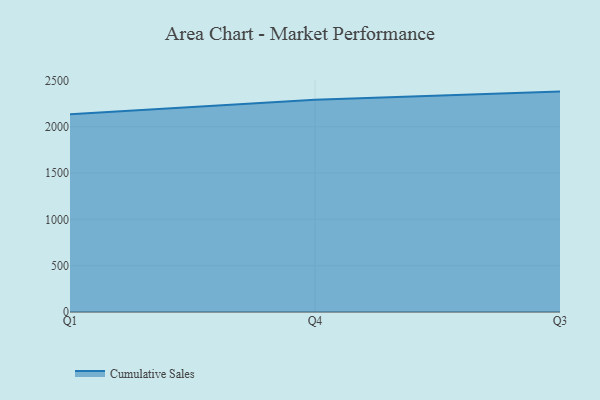
{"axis": {"x": "Quarter", "y": "Shipments"}, "legend": ["Cumulative Sales"], "data": [{"x": "Q1", "y": 2135.9, "type": "Cumulative Sales"}, {"x": "Q4", "y": 2292.6, "type": "Cumulative Sales"}, {"x": "Q3", "y": 2379.9, "type": "Cumulative Sales"}]}